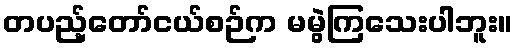
တပည့်တော်ငယ်စဉ်က မမွဲကြသေးပါဘူး။